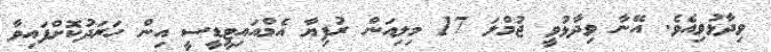
ވިދާޅުވިއެވެ. އޭނާ ވިދާޅުވީ ޖުމްލަ 17 މިލިއަން ރުފިޔާ އެމްއައިޓީޑީސީ އިން ހަރަދުކޮށްފައިވާ